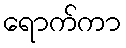
ရောက်ကာ